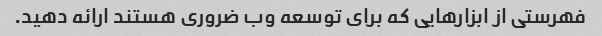
فهرستی از ابزارهایی که برای توسعه وب ضروری هستند ارائه دهید.